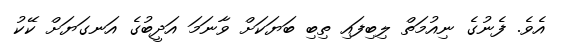
އެވެ. ފެނުގެ ނިއުމަތް ލިބިފައި ތިބި ބަޔަކަށް ވާނަމަ އަދީބުގެ އަނގަޔަށް ކޭކު